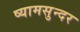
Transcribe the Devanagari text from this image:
ष्यामसुन्दर